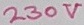
Text: 230V